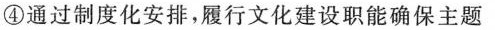
④通过制度化安排，履行文化建设职能确保主题